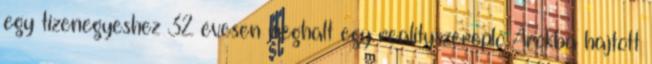
egy tizenegyeshez 32 évesen meghalt egy realityszereplő Árokba hajtott